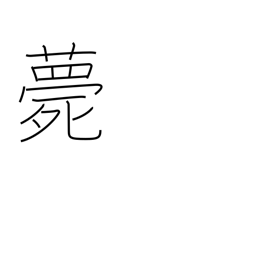
Meaning: die